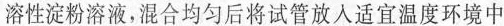
溶性淀粉溶液，混合均匀后将试管放入适宜温度环境中